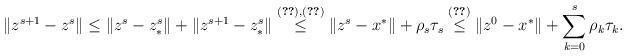
LaTeX: \begin{align*}\|z^{s+1}-z^s\|\leq \|z^s-z^s_*\|+\|z^{s+1}-z_*^s\|\overset{\eqref{c3}, \eqref{ineq}}{\leq} \|z^s-x^*\|+\rho_s\tau_s \overset{\eqref{ppae2}}{\leq} \|z^0-x^*\|+\sum_{k=0}^{s}\rho_k\tau_k.\end{align*}